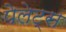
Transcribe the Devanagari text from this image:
पेलेट्स